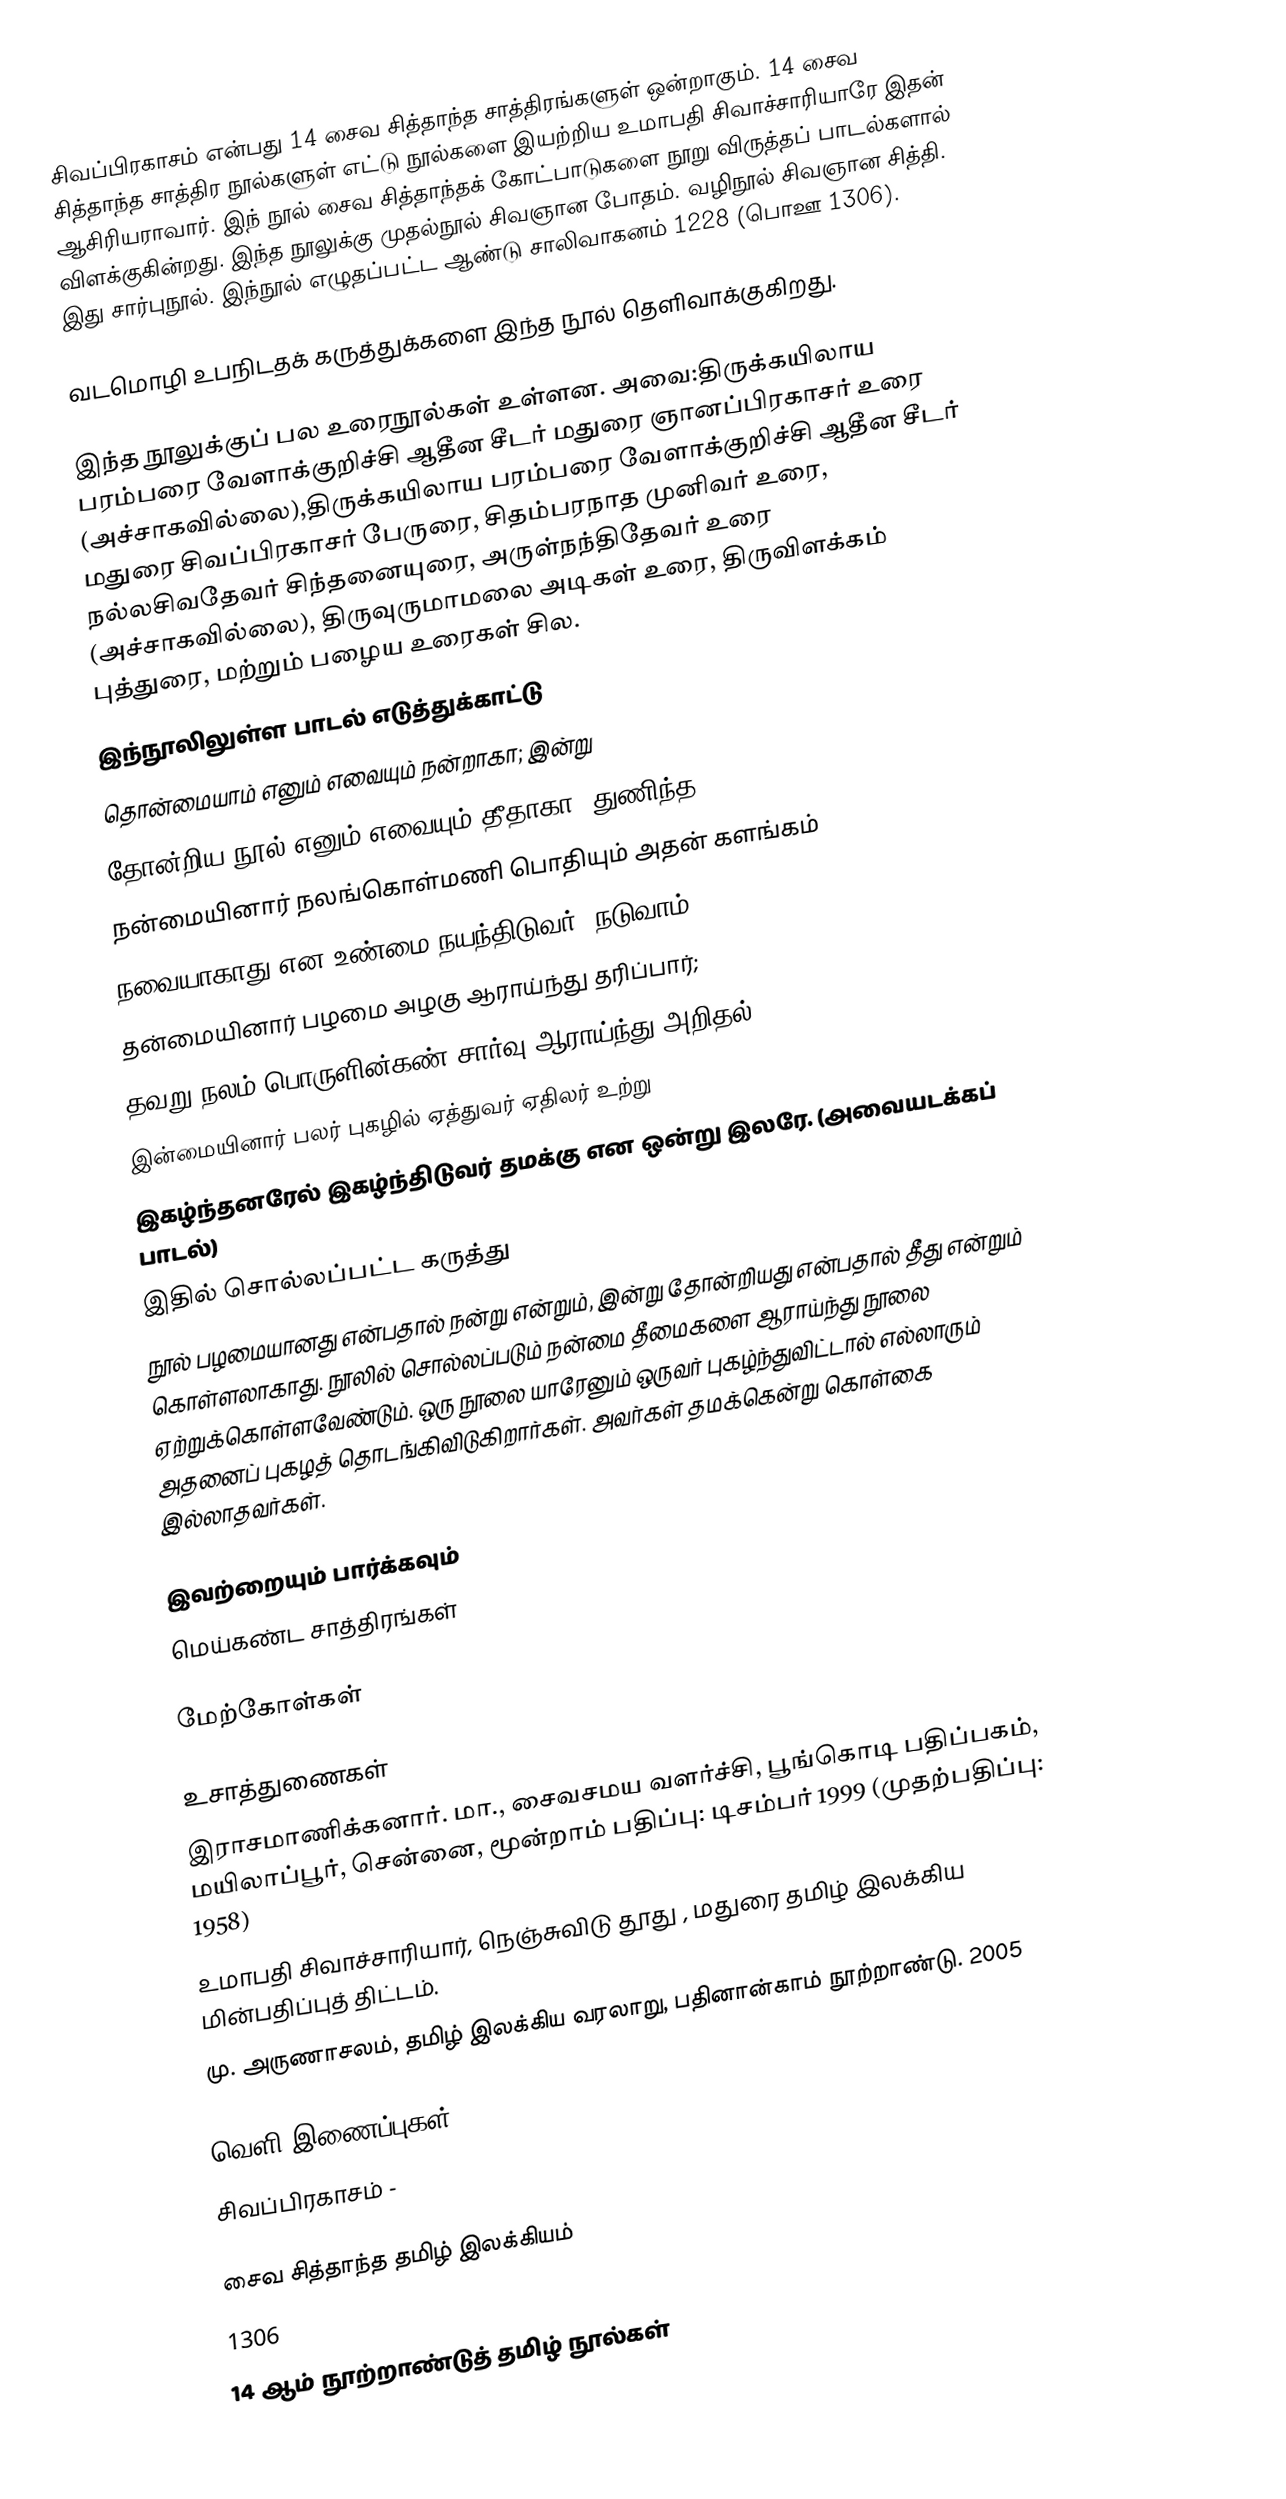
சிவப்பிரகாசம் என்பது 14 சைவ சித்தாந்த சாத்திரங்களுள் ஒன்றாகும். 14 சைவ சித்தாந்த சாத்திர நூல்களுள் எட்டு நூல்களை இயற்றிய உமாபதி சிவாச்சாரியாரே இதன் ஆசிரியராவார். இந் நூல் சைவ சித்தாந்தக் கோட்பாடுகளை நூறு விருத்தப் பாடல்களால் விளக்குகின்றது. இந்த நூலுக்கு முதல்நூல் சிவஞான போதம். வழிநூல் சிவஞான சித்தி. இது சார்புநூல். இந்நூல் எழுதப்பட்ட ஆண்டு சாலிவாகனம் 1228 (பொஊ 1306).

வடமொழி உபநிடதக் கருத்துக்களை இந்த நூல் தெளிவாக்குகிறது.

இந்த நூலுக்குப் பல உரைநூல்கள் உள்ளன. அவை:திருக்கயிலாய பரம்பரை வேளாக்குறிச்சி ஆதீன சீடர் மதுரை ஞானப்பிரகாசர் உரை (அச்சாகவில்லை),திருக்கயிலாய பரம்பரை வேளாக்குறிச்சி ஆதீன சீடர் மதுரை சிவப்பிரகாசர் பேருரை, சிதம்பரநாத முனிவர் உரை, நல்லசிவதேவர் சிந்தனையுரை, அருள்நந்திதேவர் உரை (அச்சாகவில்லை), திருவுருமாமலை அடிகள் உரை, திருவிளக்கம் புத்துரை, மற்றும் பழைய உரைகள் சில.
இந்நூலிலுள்ள பாடல் எடுத்துக்காட்டு
தொன்மையாம் எனும் எவையும் நன்றாகா; இன்று
தோன்றிய நூல் எனும் எவையும் தீதாகா; துணிந்த
நன்மையினார் நலங்கொள்மணி பொதியும் அதன் களங்கம்
நவையாகாது என உண்மை நயந்திடுவர்; நடுவாம்
தன்மையினார் பழமை அழகு ஆராய்ந்து தரிப்பார்;
தவறு நலம் பொருளின்கண் சார்வு ஆராய்ந்து அறிதல்
இன்மையினார் பலர் புகழில் ஏத்துவர் ஏதிலர் உற்று
இகழ்ந்தனரேல் இகழ்ந்திடுவர் தமக்கு என ஒன்று இலரே. (அவையடக்கப் பாடல்)
இதில் சொல்லப்பட்ட கருத்து
நூல் பழமையானது என்பதால் நன்று என்றும், இன்று தோன்றியது என்பதால் தீது என்றும் கொள்ளலாகாது. நூலில் சொல்லப்படும் நன்மை தீமைகளை ஆராய்ந்து நூலை ஏற்றுக்கொள்ளவேண்டும். ஒரு நூலை யாரேனும் ஒருவர் புகழ்ந்துவிட்டால் எல்லாரும் அதனைப் புகழத் தொடங்கிவிடுகிறார்கள். அவர்கள் தமக்கென்று கொள்கை இல்லாதவர்கள்.

இவற்றையும் பார்க்கவும்
 மெய்கண்ட சாத்திரங்கள்

மேற்கோள்கள்

உசாத்துணைகள்
 இராசமாணிக்கனார். மா., சைவசமய வளர்ச்சி, பூங்கொடி பதிப்பகம், மயிலாப்பூர், சென்னை, மூன்றாம் பதிப்பு: டிசம்பர் 1999 (முதற்பதிப்பு: 1958)
 உமாபதி சிவாச்சாரியார், நெஞ்சுவிடு தூது , மதுரை தமிழ் இலக்கிய மின்பதிப்புத் திட்டம்.
மு. அருணாசலம், தமிழ் இலக்கிய வரலாறு, பதினான்காம் நூற்றாண்டு. 2005

வெளி இணைப்புகள்
 சிவப்பிரகாசம் -

சைவ சித்தாந்த தமிழ் இலக்கியம்
1306
14 ஆம் நூற்றாண்டுத் தமிழ் நூல்கள்